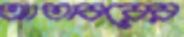
আতাবরের